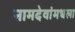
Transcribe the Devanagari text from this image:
नामदेवांमधला